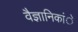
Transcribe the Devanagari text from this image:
वैज्ञानिकांे